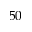
5 0